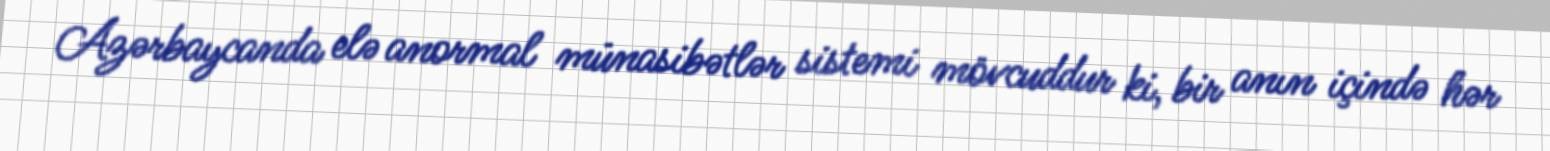
Azərbaycanda elə anormal münasibətlər sistemi mövcuddur ki, bir anın içində hər